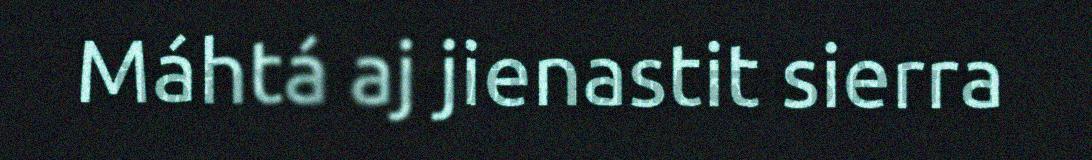
Máhtá aj jienastit sierra